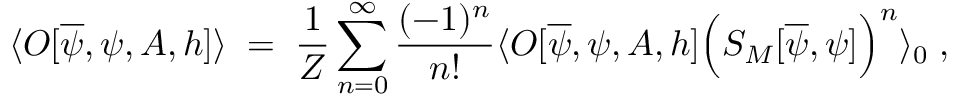
\langle { \cal O } [ \overline { { { \psi } } } , \psi , A , h ] \rangle \; = \; \frac { 1 } { Z } \sum _ { n = 0 } ^ { \infty } \frac { ( - 1 ) ^ { n } } { n ! } \langle { \cal O } [ \overline { { { \psi } } } , \psi , A , h ] \Big ( S _ { M } [ \overline { { { \psi } } } , \psi ] \Big ) ^ { n } \rangle _ { 0 } \; ,